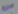
من